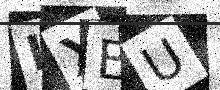
Text: LXBU